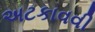
અટકાવવી